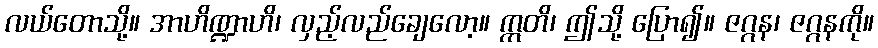
လယ်တောသို့။ အာဟိဏ္ဍာဟိ၊ လှည့်လည်ချေလော့။ ဣတိ၊ ဤသို့ ပြော၍။ ဇဂ္ဂန၊ ဇဂ္ဂနကို။